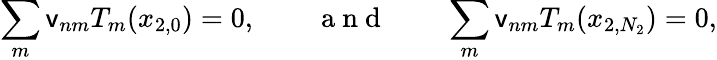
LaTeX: \sum_{m}\mathsf{v}_{nm}T_{m}(x_{2,0})=0,\qquad\mathrm{~a~n~d~}\qquad\sum_{m}\mathsf{v}_{nm}T_{m}(x_{2,N_{2}})=0,